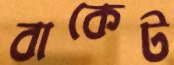
বাকেট